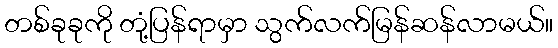
တစ်ခုခုကို တုံ့ပြန်ရာမှာ သွက်လက်မြန်ဆန်လာမယ်။